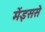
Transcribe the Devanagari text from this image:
मेंइससे